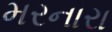
મરનારા